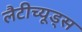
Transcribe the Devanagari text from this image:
लैटीच्यूड्स